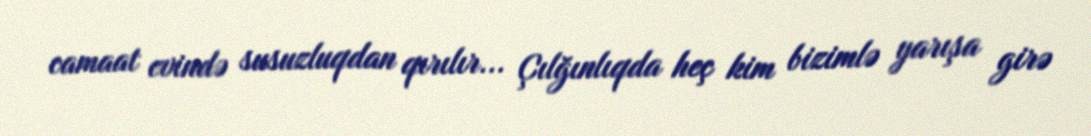
camaat evində susuzluqdan qırılır... Çılğınlıqda heç kim bizimlə yarışa girə